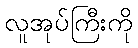
လူအုပ်ကြီးကို